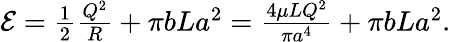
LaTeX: \begin{array}{r}{\mathcal{E}=\frac{1}{2}\frac{Q^{2}}{R}+\pi bLa^{2}=\frac{4\mu LQ^{2}}{\pi a^{4}}+\pi bLa^{2}.}\end{array}